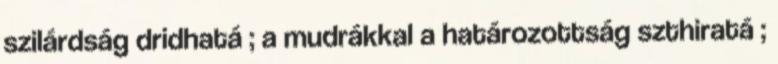
szilárdság dridhatá ; a mudrákkal a határozottság szthiratá ;